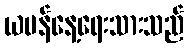
ယမန်နေ့ရေးသားသည်